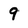
Character: 9